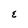
Character: E